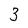
Character: 3